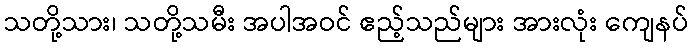
သတို့သား၊ သတို့သမီး အပါအဝင် ဧည့်သည်များ အားလုံး ကျေနပ်